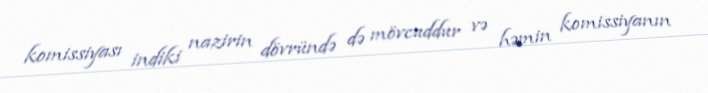
komissiyası indiki nazirin dövründə də mövcuddur və həmin komissiyanın